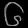
Digit: ၆